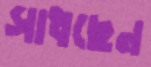
সাধছেন